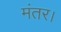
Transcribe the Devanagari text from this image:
मंतर।